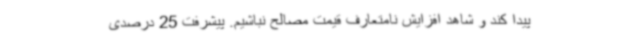
پیدا کند و شاهد افزایش نامتعارف قیمت مصالح نباشیم. پیشرفت 25 درصدی